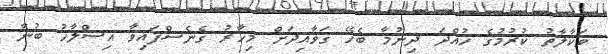
ވަކާލާތު ކުރުމުގެ ހުއްދަ ދިނުމާ ބެހޭ ގަވާއިދަށް މިހާރު ގެނެސްފައިވާ އިސްލާހު ބުނާ